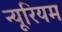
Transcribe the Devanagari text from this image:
न्यूरियम